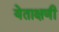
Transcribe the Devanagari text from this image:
येताक्षणी